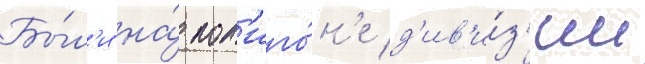
Бы́л'и на́ пол'иго́н'е д'ив'и́з'ии